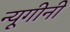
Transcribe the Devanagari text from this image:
न्यूगीनी